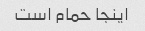
اینجا حمام است